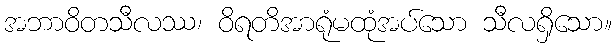
အဘာဝိတသီလဿ၊ ဝိရတိအာရုံမထုံအပ်သော သီလရှိသော။